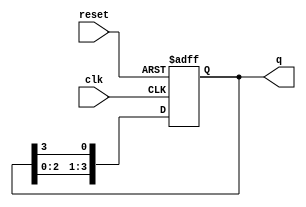
module bistable_ring_counter (
    input wire clk,        // Clock input
    input wire reset,      // Asynchronous reset input
    output reg [3:0] q     // 4-bit output representing the ring counter state
);

    // Initialize the counter to state '1000' (default state)
    initial begin
        q = 4'b1000;
    end

    always @(posedge clk or posedge reset) begin
        if (reset) begin
            // On reset, initialize the state to '1000'
            q <= 4'b1000;
        end else begin
            // Shift the '1' through the registers
            q <= {q[2:0], q[3]}; // Shift left: last bit goes to the first position
        end
    end

endmodule